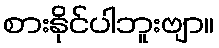
စားနိုင်ပါဘူးဗျာ။